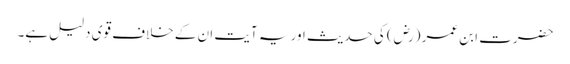
حضرت ابن عمر (رض) کی حدیث اور یہ آیت ان کے خلاف قوی دلیل ہے۔